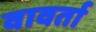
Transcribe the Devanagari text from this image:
वावर्ता